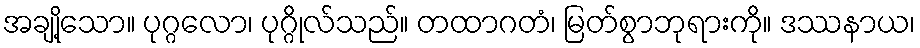
အချို့သော။ ပုဂ္ဂလော၊ ပုဂ္ဂိုလ်သည်။ တထာဂတံ၊ မြတ်စွာဘုရားကို။ ဒဿနာယ၊